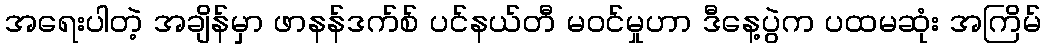
အရေးပါတဲ့ အချိန်မှာ ဖာနန်ဒက်စ် ပင်နယ်တီ မဝင်မှုဟာ ဒီနေ့ပွဲက ပထမဆုံး အကြိမ်